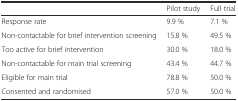
<table><thead><tr><td></td><td><b>Pilot study</b></td><td><b>Full trial</b></td></tr></thead><tbody><tr><td>Response rate</td><td>9.9 %</td><td>7.1 %</td></tr><tr><td>Non-contactable for brief intervention screening</td><td>15.8 %</td><td>49.5 %</td></tr><tr><td>Too active for brief intervention</td><td>30.0 %</td><td>18.0 %</td></tr><tr><td>Non-contactable for main trial screening</td><td>43.4 %</td><td>44.7 %</td></tr><tr><td>Eligible for main trial</td><td>78.8 %</td><td>50.0 %</td></tr><tr><td>Consented and randomised</td><td>57.0 %</td><td>50.0 %</td></tr></tbody></table>